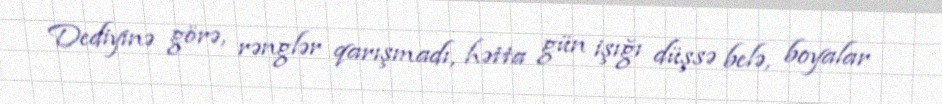
Dediyinə görə, rənglər qarışmadı, hətta gün işığı düşsə belə, boyalar